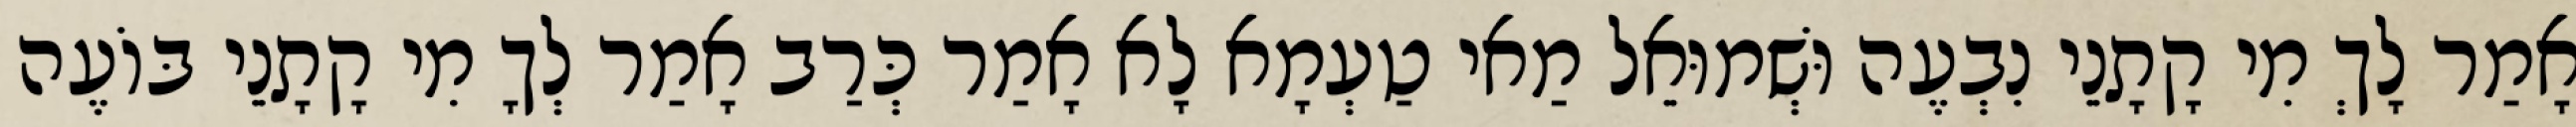
אָמַר לָךְ מִי קָתָנֵי נִבְעֶה וּשְׁמוּאֵל מַאי טַעְמָא לָא אָמַר כְּרַב אָמַר לְךָ מִי קָתָנֵי בּוֹעֶה